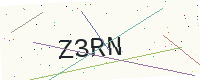
Text: Z3RN